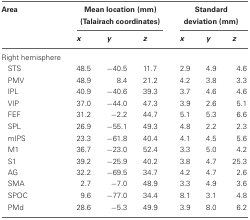
<table><thead><tr><td><b>Area</b></td><td colspan="3"><b>Mean location (mm) (Talairach coordinates)</b></td><td colspan="3"><b>Standard deviation (mm)</b></td></tr><tr><td></td><td><b><i>x</i></b></td><td><b><i>y</i></b></td><td><b><i>z</i></b></td><td><b><i>x</i></b></td><td><b><i>y</i></b></td><td><b><i>z</i></b></td></tr></thead><tbody><tr><td>Right hemisphere</td><td></td><td></td><td></td><td></td><td></td><td></td></tr><tr><td>STS</td><td>48.5</td><td>−40.5</td><td>11.7</td><td>2.9</td><td>4.9</td><td>4.6</td></tr><tr><td>PMV</td><td>48.9</td><td>8.4</td><td>21.2</td><td>4.2</td><td>3.8</td><td>3.3</td></tr><tr><td>IPL</td><td>40.9</td><td>−40.6</td><td>39.3</td><td>3.7</td><td>4.6</td><td>4.6</td></tr><tr><td>VIP</td><td>37.0</td><td>−44.0</td><td>47.3</td><td>3.9</td><td>2.6</td><td>5.1</td></tr><tr><td>FEF</td><td>31.2</td><td>−2.2</td><td>44.7</td><td>5.1</td><td>5.3</td><td>6.6</td></tr><tr><td>SPL</td><td>26.9</td><td>−55.1</td><td>49.3</td><td>4.8</td><td>2.2</td><td>2.3</td></tr><tr><td>mIPS</td><td>23.3</td><td>−61.8</td><td>40.4</td><td>4.1</td><td>4.5</td><td>5.6</td></tr><tr><td>M1</td><td>36.7</td><td>−23.0</td><td>52.4</td><td>3.3</td><td>5.0</td><td>4.2</td></tr><tr><td>S1</td><td>39.2</td><td>−25.9</td><td>40.2</td><td>3.8</td><td>4.7</td><td>25.3</td></tr><tr><td>AG</td><td>32.2</td><td>−69.5</td><td>34.7</td><td>4.2</td><td>4.7</td><td>2.6</td></tr><tr><td>SMA</td><td>2.7</td><td>−7.0</td><td>48.9</td><td>3.3</td><td>4.9</td><td>3.6</td></tr><tr><td>SPOC</td><td>9.6</td><td>−77.0</td><td>34.4</td><td>8.1</td><td>3.1</td><td>4.8</td></tr><tr><td>PMd</td><td>28.6</td><td>−5.3</td><td>49.9</td><td>3.9</td><td>8.0</td><td>6.2</td></tr></tbody></table>